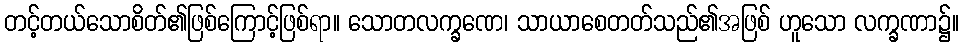
တင့်တယ်သောစိတ်၏ဖြစ်ကြောင့်ဖြစ်ရာ။ သောတလက္ခဏေ၊ သာယာစေတတ်သည်၏အဖြစ် ဟူသော လက္ခဏာ၌။